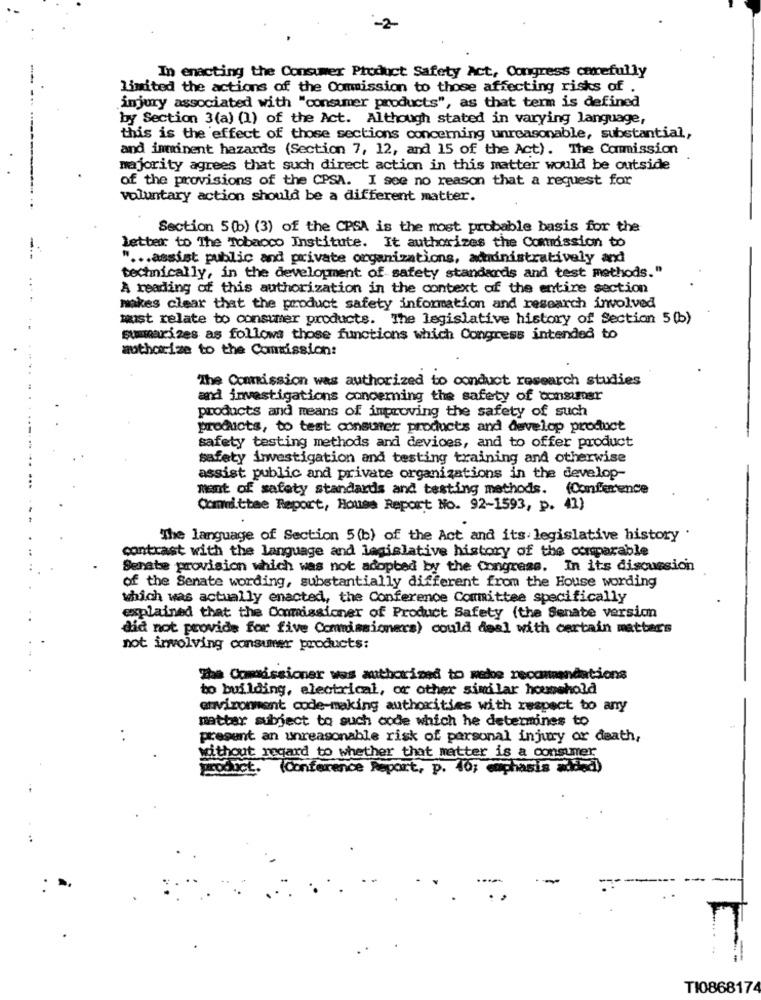
-2-
In enacting the Consumer Product Safety Act, Congress carefully
limited the actions of the Commission to those affecting risks of
injury associated with "consumer products", as that term is defined
by Section 3(a) (1) of the Act. Although stated in varying language,
this is the effect of those sections concerning unreasonable, substantial,
and imminent hazards (Section 7, 12, and 15 of the Act). The Commission
majority agrees that such direct action in this matter would be outside
of the provisions of the CPSA. I see no reason that a request for
voluntary action should be a different matter.
Section 5(b) (3) of the CPSA is the most probable basis for the
letter to The Tobacco Institute. It authorizes the Commission to
" ... assist public and private organizations, administratively and
technically, in the development of safety standards and test methods."
A reading of this authorization in the context of the entire section
makes clear that the product safety information and research involved
must relate to consumer products. The legislative history of Section 5(b)
summarizes as follows those functions which Congress intended to
authorize to the Commission:
The Commission was authorized to conduct research studies
and investigations concerning the safety of consumer
products and means of improving the safety of such
products, to test consumer products and develop product
safety testing methods and devices, and to offer product
safety investigation and testing training and otherwise
assist public and private organizations in the develop
ment of safety standards and testing methods. (Conference
Committee Report, House Report No. 92-1593, p. 41)
The language of Section 5(b) of the Act and its legislative history
contrast with the language and legislative history of the comparable
Senate provision which was not adopted by the Congress. In its discussion
of the Senate wording, substantially different from the House wording
which was actually enacted, the Conference Committee specifically
explained that the Commissioner of Product Safety (the Senate version
did not provide for five Commissioners) could deal with certain matters
not involving consumer products:
The Commissioner was authorized to make recommendations
to building, electrical, or other similar household
environment code-making authorities with respect to any
matter subject to such code which he determines to
present an unreasonable risk of personal injury or death,
without regard to whether that matter is a consumer
product. (Conference Report, p. 40; caphasis added)
TI0868174